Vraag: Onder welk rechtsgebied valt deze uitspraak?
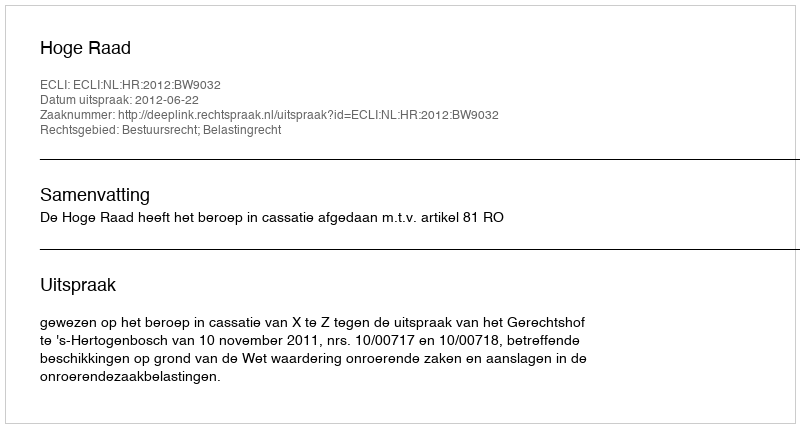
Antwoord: Bestuursrecht; Belastingrecht